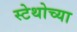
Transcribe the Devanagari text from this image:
स्टेथोच्या